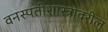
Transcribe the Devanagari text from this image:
वनस्पतीशास्त्रावरील